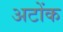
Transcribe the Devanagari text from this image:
अटोंक